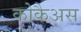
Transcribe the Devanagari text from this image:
कोकैअस